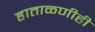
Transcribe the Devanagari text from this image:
हाताळणीही